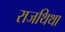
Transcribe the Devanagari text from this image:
राजथिथा